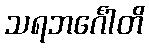
သရဘင်္ဂေါတိ